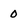
Character: 0